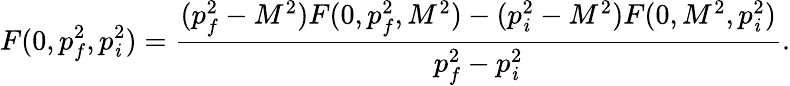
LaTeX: F(0,p_{f}^{2},p_{\mathit{i}}^{2})=\frac{{(p_{f}^{2}-M^{2})F(0,p_{f}^{2},M^{2})-(p_{\mathit{i}}^{2}-M^{2})F(0,M^{2},p_{\mathit{i}}^{2})}}{{p_{f}^{2}-p_{\mathit{i}}^{2}}}.